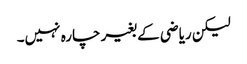
لیکن ریاضی کے بغیر چارہ نہیں۔